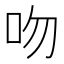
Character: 吻